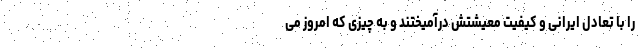
را با تعادل ایرانی و کیفیت معیشتش درآمیختند و به چیزی که امروز می